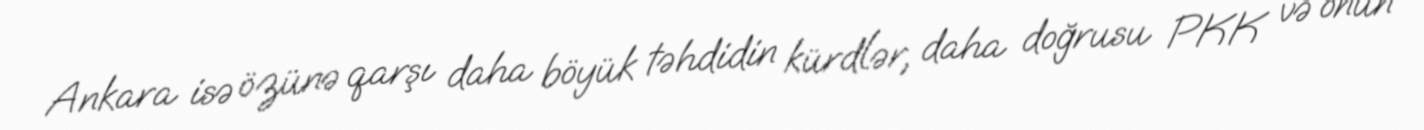
Ankara isə özünə qarşı daha böyük təhdidin kürdlər, daha doğrusu PKK və onun